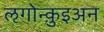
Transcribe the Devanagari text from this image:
ऌगोन्क़ुइअन